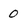
Character: 0